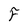
Character: F